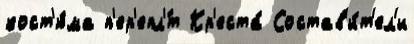
кост'ю́ма п'ер'епл'́т Кр'еста́ Состав'и́т'ел'и